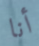
أنا